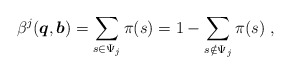
\begin{align*}{\beta^j}(\boldsymbol{q},\boldsymbol{b}) = \sum_{s \in {\Psi _j}} {\pi (s)} = 1 - \sum_{s \notin \Psi _j} {\pi (s)}\ ,\end{align*}